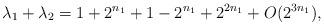
LaTeX: \begin{align*}\lambda_1+\lambda_2 = 1+2^{n_1} + 1-2^{n_1}+2^{2n_1}+O(2^{3n_1}),\end{align*}